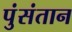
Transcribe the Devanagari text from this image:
पुंसंतान